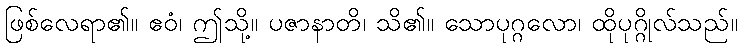
ဖြစ်လေရာ၏။ ဧဝံ၊ ဤသို့။ ပဇာနာတိ၊ သိ၏။ သောပုဂ္ဂလော၊ ထိုပုဂ္ဂိုလ်သည်။